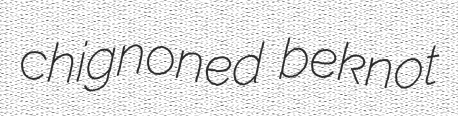
chignoned beknot